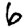
Digit: 6